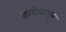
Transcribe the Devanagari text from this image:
झरोक्यातून